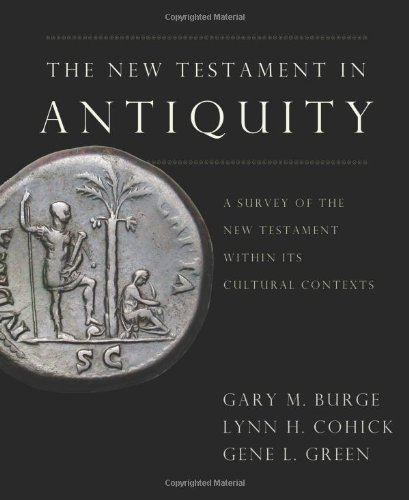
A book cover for The New Testament in Antiquity: A Survey of the New Testament within Its Cultural Context; Gary M. Burge; Christian Books & Bibles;